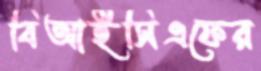
বিআইসিএফের